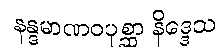
နန္ဒမာဏဝပုစ္ဆာ နိဒ္ဒေသ